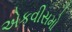
એકવીસમો